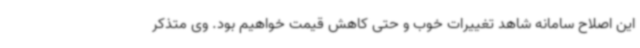
این اصلاح سامانه شاهد تغییرات خوب و حتی کاهش قیمت خواهیم بود. وی متذکر